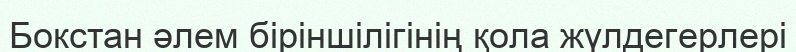
Бокстан әлем біріншілігінің қола жүлдегерлері